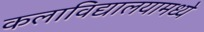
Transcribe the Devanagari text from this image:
कलाविद्यालयामध्ये